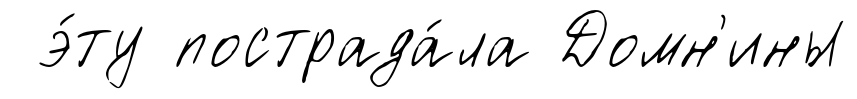
э́ту пострада́ла Домн'ины